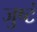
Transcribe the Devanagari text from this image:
जुष्टं